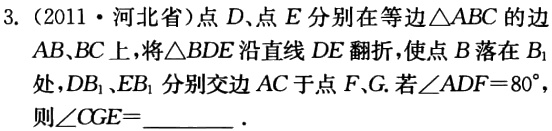
3.（2011·河北省）点\(D\)、点\(E\)分别在等边\(\triangle ABC\)的边\(AB、BC\)上，将\(\triangle BDE\)沿直线\(DE\)翻折，使点\(B\)落在\(B_{1}\)处，\(DB_{1}\)、\(EB_{1}\)分别交边\(AC\)于点\(F、G\). 若\(\angle ADF = 80^{\circ}\)，则\(\angle CGE=\underline{\quad\quad}\).